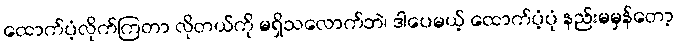
ထောက်ပံ့လိုက်ကြတာ လိုတယ်ကို မရှိသလောက်ဘဲ၊ ဒါပေမယ့် ထောက်ပံ့ပုံ နည်းမမှန်တော့